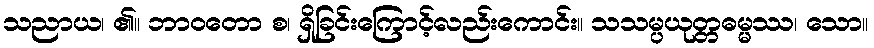
သညာယ၊ ၏။ ဘာဝတော စ၊ ရှိခြင်းကြောင့်လည်းကောင်း။ သသမ္ပယုတ္တဓမ္မဿ၊ သော။